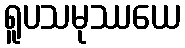
ရူပသမုဿယေ